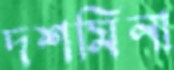
দশমিনা